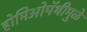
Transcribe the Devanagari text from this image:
होमिओपॅथीमुळे